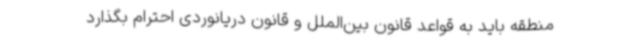
منطقه باید به قواعد قانون بین‌الملل و قانون دریانوردی احترام بگذارد